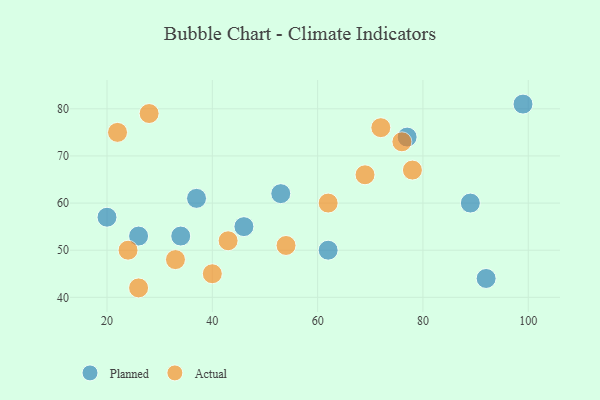
{"axis": {"x": "GDP", "y": "Life Expectancy"}, "legend": ["Actual", "Planned"], "data": [{"x": "26", "y": 53, "type": "Planned"}, {"x": "62", "y": 50, "type": "Planned"}, {"x": "92", "y": 44, "type": "Planned"}, {"x": "46", "y": 55, "type": "Planned"}, {"x": "20", "y": 57, "type": "Planned"}, {"x": "53", "y": 62, "type": "Planned"}, {"x": "99", "y": 81, "type": "Planned"}, {"x": "37", "y": 61, "type": "Planned"}, {"x": "77", "y": 74, "type": "Planned"}, {"x": "34", "y": 53, "type": "Planned"}, {"x": "89", "y": 60, "type": "Planned"}, {"x": "54", "y": 51, "type": "Actual"}, {"x": "26", "y": 42, "type": "Actual"}, {"x": "33", "y": 48, "type": "Actual"}, {"x": "72", "y": 76, "type": "Actual"}, {"x": "24", "y": 50, "type": "Actual"}, {"x": "28", "y": 79, "type": "Actual"}, {"x": "78", "y": 67, "type": "Actual"}, {"x": "62", "y": 60, "type": "Actual"}, {"x": "43", "y": 52, "type": "Actual"}, {"x": "40", "y": 45, "type": "Actual"}, {"x": "76", "y": 73, "type": "Actual"}, {"x": "22", "y": 75, "type": "Actual"}, {"x": "69", "y": 66, "type": "Actual"}]}